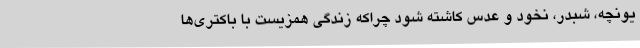
یونچه، شبدر، نخود و عدس کاشته شود چراکه زندگی همزیست با باکتری‌ها